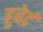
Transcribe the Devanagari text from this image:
हुबेर्ट